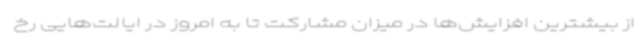
از بیشترین افزایش‌ها در میزان مشارکت تا به امروز در ایالت‌هایی رخ